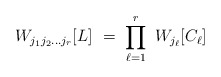
\begin{align*}W_{j_1j_2\ldots j_r} [L] \ = \ \prod_{\ell=1}^r \ W_{j_\ell}[C_\ell] \end{align*}